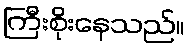
ကြီးစိုးနေသည်။